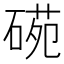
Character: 𥔙